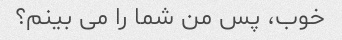
خوب، پس من شما را می بینم؟